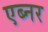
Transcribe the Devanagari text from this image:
एब्नर